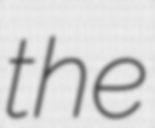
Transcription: the